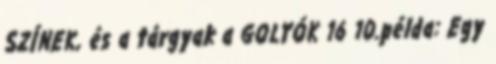
SZÍNEK, és a tárgyak a GOLYÓK 16 10.példa: Egy